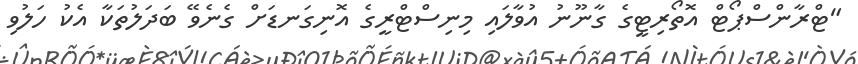
"ޓްރާންސްޕޯޓް އޮތޯރިޓީގެ ގާނޫނު އުވާލައި މިނިސްޓްރީގެ އޮނިގަނޑަށް ގެނެވޭ ބަދަލުތަކާ އެކު ހަލުވި